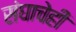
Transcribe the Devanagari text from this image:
संघाचेही